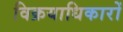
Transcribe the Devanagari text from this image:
विक्रयाधिकारों